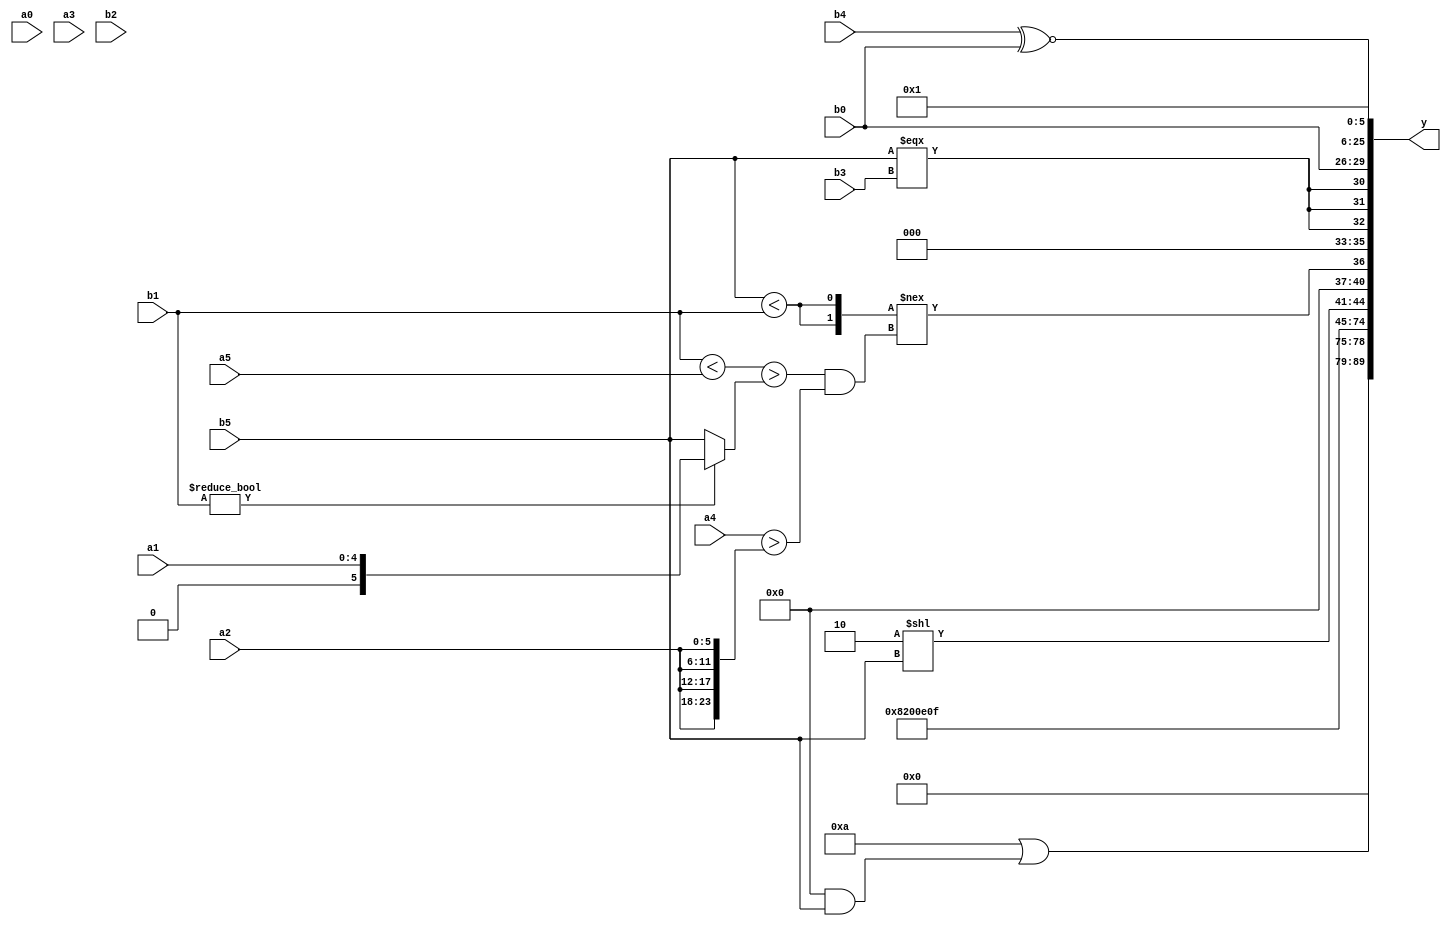
module expression_00671(a0, a1, a2, a3, a4, a5, b0, b1, b2, b3, b4, b5, y);
  input [3:0] a0;
  input [4:0] a1;
  input [5:0] a2;
  input signed [3:0] a3;
  input signed [4:0] a4;
  input signed [5:0] a5;

  input [3:0] b0;
  input [4:0] b1;
  input [5:0] b2;
  input signed [3:0] b3;
  input signed [4:0] b4;
  input signed [5:0] b5;

  wire [3:0] y0;
  wire [4:0] y1;
  wire [5:0] y2;
  wire signed [3:0] y3;
  wire signed [4:0] y4;
  wire signed [5:0] y5;
  wire [3:0] y6;
  wire [4:0] y7;
  wire [5:0] y8;
  wire signed [3:0] y9;
  wire signed [4:0] y10;
  wire signed [5:0] y11;
  wire [3:0] y12;
  wire [4:0] y13;
  wire [5:0] y14;
  wire signed [3:0] y15;
  wire signed [4:0] y16;
  wire signed [5:0] y17;

  output [89:0] y;
  assign y = {y0,y1,y2,y3,y4,y5,y6,y7,y8,y9,y10,y11,y12,y13,y14,y15,y16,y17};

  localparam [3:0] p0 = ((^((-5'sd7)||(3'sd1)))%(5'd6));
  localparam [4:0] p1 = (|((~((2'sd0)<(3'sd0)))/(5'd21)));
  localparam [5:0] p2 = (&((((-5'sd14)||(-2'sd0))^~(5'd24))&&(((4'sd4)!==(-2'sd0))==(~^(3'sd1)))));
  localparam signed [3:0] p3 = ((((-2'sd0)>=(5'd5))?((3'd3)+(-3'sd3)):(-5'sd0))<<(((5'd16)?(4'sd0):(5'sd11))>((-3'sd0)^(-4'sd4))));
  localparam signed [4:0] p4 = (^(-2'sd0));
  localparam signed [5:0] p5 = (((4'd0)?(2'd1):(3'd3))?(2'sd0):(4'sd7));
  localparam [3:0] p6 = (3'd5);
  localparam [4:0] p7 = ((~^(3'd3))>>(^(4'd6)));
  localparam [5:0] p8 = {1{((4'sd6)-(5'sd4))}};
  localparam signed [3:0] p9 = (^(-2'sd0));
  localparam signed [4:0] p10 = {(4'd2)};
  localparam signed [5:0] p11 = ((-4'sd3)!==(5'd30));
  localparam [3:0] p12 = (!(((3'd2)===(4'd8))||(4'd2 * (2'd0))));
  localparam [4:0] p13 = (-3'sd1);
  localparam [5:0] p14 = (((!(5'sd8))+(~&(4'sd4)))!==(~{(~|{(-5'sd2),(-3'sd1),(4'd10)})}));
  localparam signed [3:0] p15 = ((2'd3)>(3'd6));
  localparam signed [4:0] p16 = ((5'd1)<<(~^(+(-((4'd14)-(5'sd1))))));
  localparam signed [5:0] p17 = (^(^(~(5'd23))));

  assign y0 = {2{(-2'sd0)}};
  assign y1 = (~^{(~(($unsigned({p8,b4,p15})<(a4!==a4))>>(!((p11)?{1{p14}}:{b4,b3}))))});
  assign y2 = (($unsigned($signed($signed(($unsigned((6'd2 * p6))))))|$signed(((($signed(p3)&&(b5)))))));
  assign y3 = ({2{(3'd4)}}?{3{p8}}:(p2?p1:p9));
  assign y4 = ((p2>p11)^{4{p1}});
  assign y5 = {1{{3{{4{p4}}}}}};
  assign y6 = {2{{{{4{p15}}},{{1{p4}},{2{p12}}}}}};
  assign y7 = ({1{((^{2{p8}})+(5'd7))}}<<(+(2'd3)));
  assign y8 = {4{(|(p3?b1:p10))}};
  assign y9 = ((2'd2)<<$signed(b5));
  assign y10 = ({2{(((b5<b1)>>>(3'd0)))}}!==(((b1<a5)>(b1?a1:b5))&&($unsigned(a4)>{4{a2}})));
  assign y11 = {3{(b5===b3)}};
  assign y12 = {{p0,p0,b0}};
  assign y13 = ((~{3{(p17+p3)}})?((p1>>p8)>>$unsigned((!p7))):{2{$signed((p11^p15))}});
  assign y14 = (-2'sd0);
  assign y15 = $signed((~^($unsigned((5'd14))^((b0<b5)>>>(3'd1)))));
  assign y16 = (((p15?p16:p17)?(~p3):(p12?a3:p3))?(~|((p0?p0:p10)?(p11?p4:p9):(p4==a3))):((p15?p12:p2)<<<(p3&&p17)));
  assign y17 = (b4^~b0);
endmodule